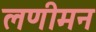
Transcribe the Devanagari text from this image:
लणीमन